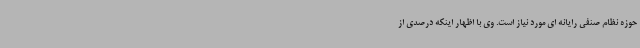
حوزه نظام صنفی رایانه ای مورد نیاز است. وی با اظهار اینکه درصدی از